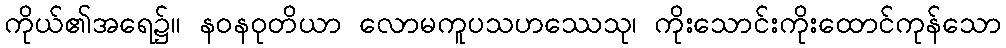
ကိုယ်၏အရေ၌။ နဝနဝုတိယာ လောမကူပသဟဿေသု၊ ကိုးသောင်းကိုးထောင်ကုန်သော